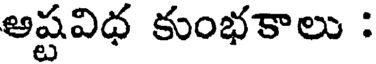
అష్టవిధ కుంభకాలు :